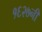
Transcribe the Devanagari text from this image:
१६२७नी